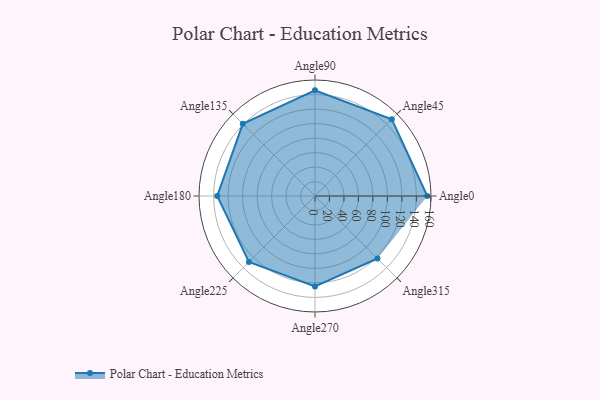
{"axis": {"x": "Angle", "y": "Radius"}, "legend": [""], "data": [{"x": "Angle0", "y": 155.0, "type": ""}, {"x": "Angle45", "y": 150.0, "type": ""}, {"x": "Angle90", "y": 146.0, "type": ""}, {"x": "Angle135", "y": 141.0, "type": ""}, {"x": "Angle180", "y": 135.0, "type": ""}, {"x": "Angle225", "y": 129.0, "type": ""}, {"x": "Angle270", "y": 125.0, "type": ""}, {"x": "Angle315", "y": 122.0, "type": ""}]}